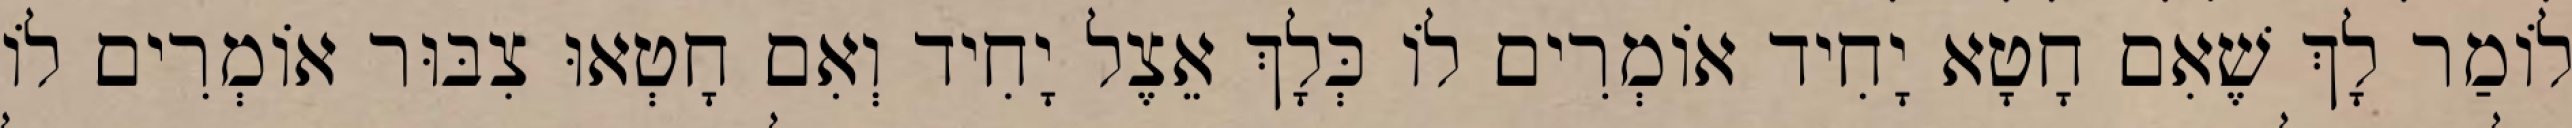
לוֹמַר לָךְ שֶׁאִם חָטָא יָחִיד אוֹמְרִים לוֹ כְּלָךְ אֵצֶל יָחִיד וְאִם חָטְאוּ צִבּוּר אוֹמְרִים לוֹ